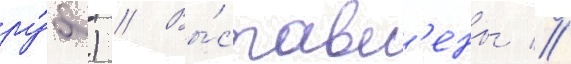
ру́б.) // Вы́ставл'ены //